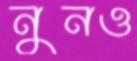
নুনও